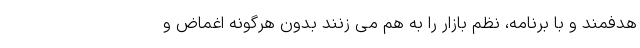
هدفمند و با برنامه، نظم بازار را به هم می زنند بدون هرگونه اغماض و